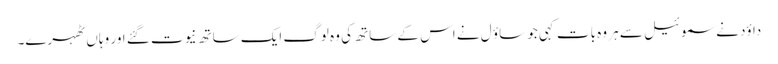
داؤد نے سموئیل سے ہر وہ بات کہی جو ساؤ ل نے اس کے ساتھ کی وہ لوگ ایک ساتھ نیوت گئے اور وہا ں ٹھہرے۔